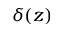
\delta ( z )